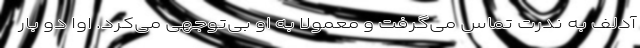
آدلف به ندرت تماس می‌گرفت و معمولا به او بی‌توجهی می‌کرد. اوا دو بار